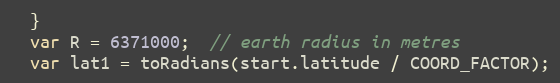
Language: JavaScript
  }
  var R = 6371000;  // earth radius in metres
  var lat1 = toRadians(start.latitude / COORD_FACTOR);